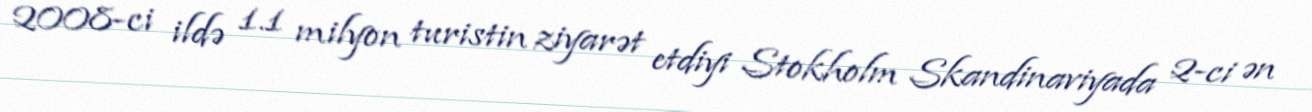
2008-ci ildə 1.1 milyon turistin ziyarət etdiyi Stokholm Skandinaviyada 2-ci ən